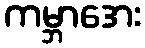
ကမ္ဘာအေး